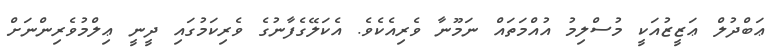
ޢަބްދުލް ޢަޒީޒުއަކީީ މުސްލިމު އުއްމަތައް ނަމޫނާ ވެރިއެކެވެ. އެކަލޭގެފާނުގެ ވެރިކަމުގައި ދީނީ ޢިލްމުވެރިންނަށް